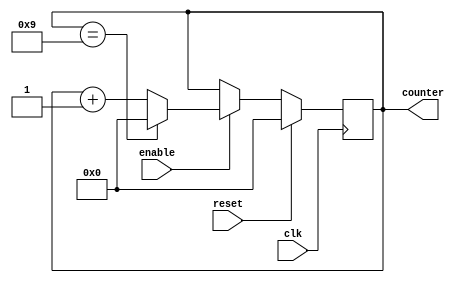
module BCD_Up_Counter_Enable (
    input wire clk,
    input wire enable,
    input wire reset,
    output reg [3:0] counter
);

always @(posedge clk) begin
    if (reset) begin
        counter <= 4'b0000;
    end else begin
        if (enable) begin
            if (counter == 4'b1001) begin
                counter <= 4'b0000;
            end else begin
                counter <= counter + 1;
            end
        end
    end
end

endmodule